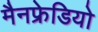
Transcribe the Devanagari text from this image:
मैनफ्रेडियो